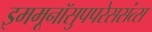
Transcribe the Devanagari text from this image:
इममूनॉसुपपरेससंत्स